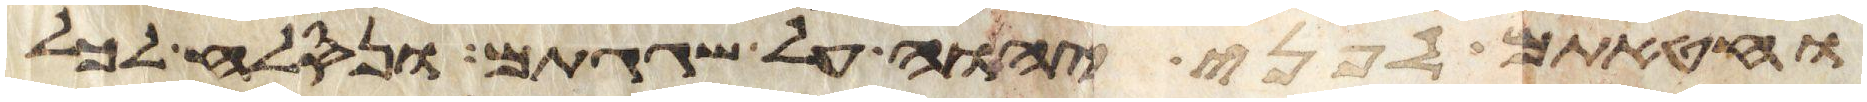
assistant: וחטאתם לפני יהוה על שגגתם ונסלח לכל